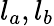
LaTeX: l_{a},l_{b}